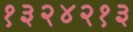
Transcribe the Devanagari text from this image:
१३२४२१३